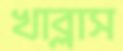
খাব্‌লাস